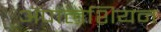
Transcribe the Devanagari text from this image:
ॲपालेशियन